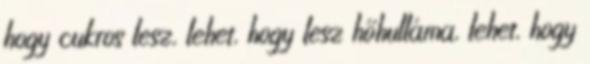
hogy cukros lesz, lehet, hogy lesz hőhulláma, lehet, hogy